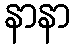
နာနာ